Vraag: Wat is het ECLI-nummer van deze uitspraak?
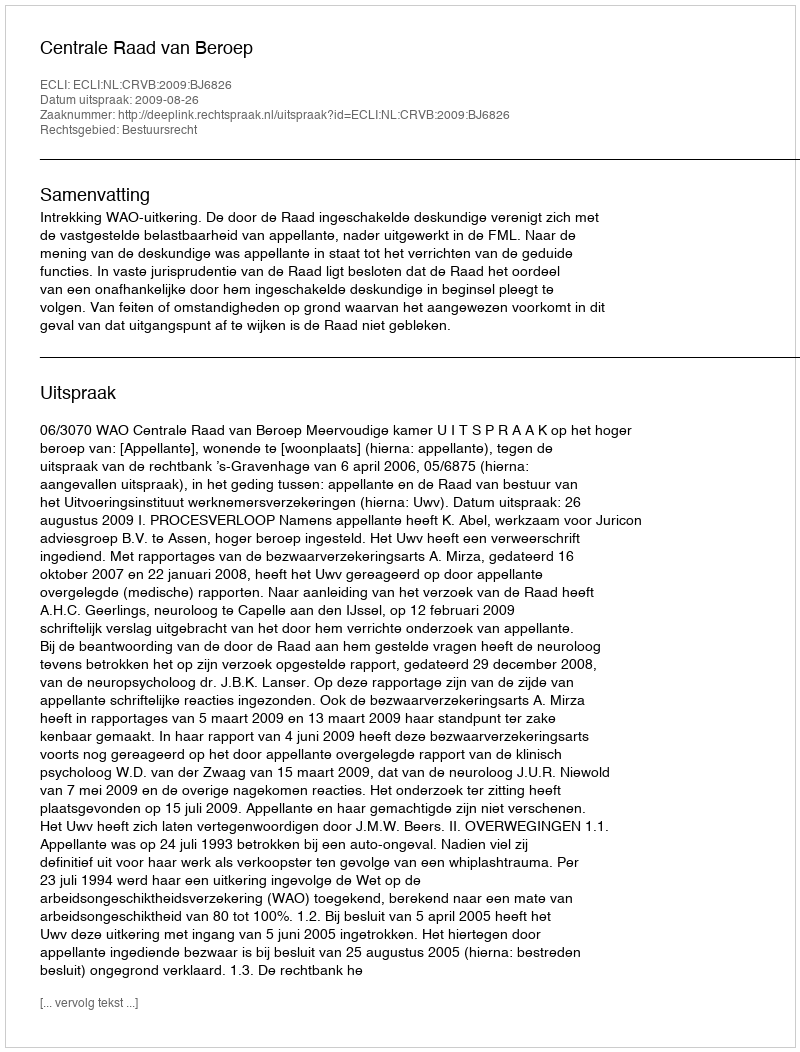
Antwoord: ECLI:NL:CRVB:2009:BJ6826